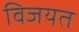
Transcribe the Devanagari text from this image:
विजयत